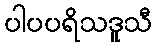
ပါပပရိသဒူသီ